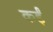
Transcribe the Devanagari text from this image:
कर्इं